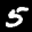
Label: 5